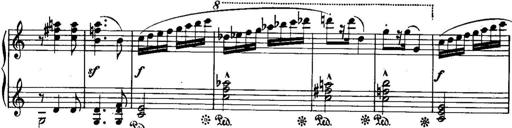
Title: Piano Sonatina No.1, Op.146
Composer: Stephen Heller